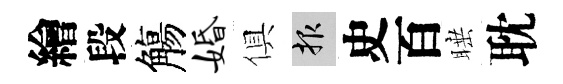
繪段觴婚俱報史百睡耽